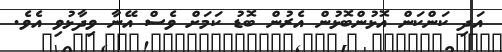
އަދި ކަންކަން އޮޅުންބޮޅުން އެރުން ބޮޑު ކަމަށް ވެސް އޭނާ ވިދާޅުވި އެވެ.